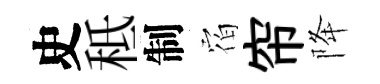
史秪制𪧐帘降